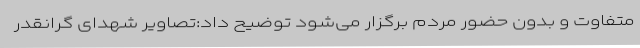
متفاوت و بدون حضور مردم برگزار می‌شود توضیح داد:تصاویر شهدای گرانقدر